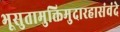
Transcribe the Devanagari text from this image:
भूसुतामुक्तिमुदारहासंवंदे